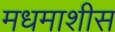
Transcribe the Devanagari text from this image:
मधमाशीस